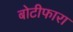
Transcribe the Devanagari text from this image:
बोटीफारा